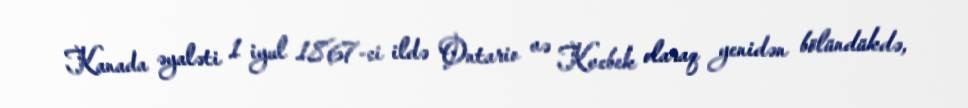
Kanada əyaləti 1 iyul 1867-ci ildə Ontario və Kvebek olaraq yenidən bölündükdə,